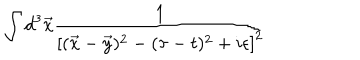
\int d ^ { 3 } \vec { x } { \frac { 1 } { \left[ ( \vec { x } - \vec { y } ) ^ { 2 } - ( \tau - t ) ^ { 2 } + i \epsilon \right] ^ { 2 } } }